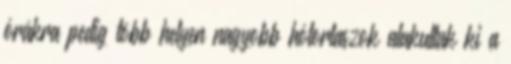
órákra pedig több helyen nagyobb hótorlaszok alakultak ki a